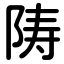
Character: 陦